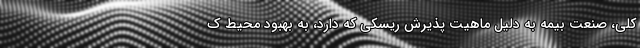
کلی، صنعت بیمه به دلیل ماهیت پذیرش ریسکی که دارد، به بهبود محیط ک